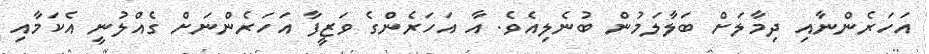
އަހަރެންނާއި ދިމާލަށް ބަލާލަމުން ބުނެލިއެވެ. އާ އަހަރެންގެ ވަޒީފާ އަހަރެންނަށް ގެއްލުނީ އެކަމާއި